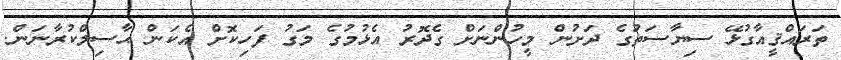
ތަރައްޤީއާގުޅޭ ސިޔާސަތުގެ ދަށުން މީހުންނަށް ގެދޮރު އެޅުމުގެ މަގު ފަހިކޮށް އެކަން ޙާސިލްކުރާނަން.